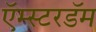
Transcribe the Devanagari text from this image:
ऍम्स्टरडॅम